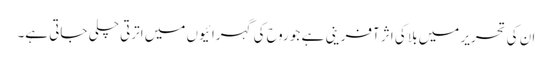
ان کی تحریر میں بلا کی اثر آفرینی ہے جو روح کی گہرائیوں میں اترتی چلی جاتی ہے۔